Lunatic asylums Bombay report 1891-1903 - 1891-1903
Year: 1891
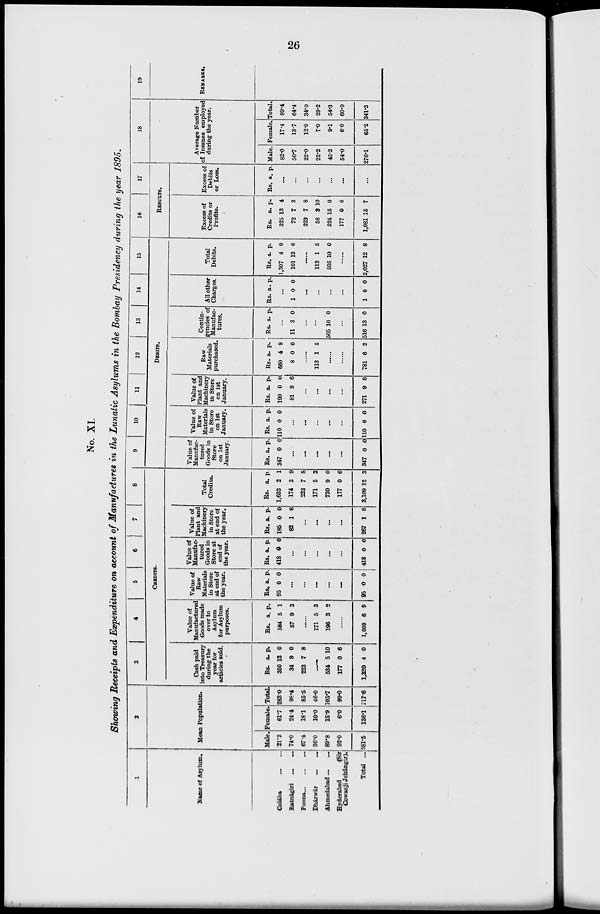
26
No. XI.
Showing Receipts and Expenditure on account of Manufactures in the Lunatic Asylums in the Bombay Presidency during the year 1895.
1
Name of Asylum.
Colába ... ...
Ratnágiri
...
...
Poona ... ... ...
Dhárwár
...
...
Ahmedabad ...
...
Hyderabad
(Sir
Cowasji Jehángir).
Total ...
2
Mean Population.
Male.
21.3
74.0
67.4
36.0
89.8
93.0
581.5
Female.
61.7
24.4
18.1
10.0
15.9
6.0
136.1
Total.
283.0
98.4
85.6
46.0
105.7
99.0
717.6
3
4
5
6
7
8
CREDITS.
Cash paid
into Treasury
during the
year for
articles sold.
Rs.
350
34
223
a.
13
9
7
p.
0
0
8
......
534
177
1,320
5
0
4
10
6
0
Value of
Manufactured
Goods made
over to
Asylum
for Asylum
purposes.
Rs.
584
57
a.
5
9
p.
1
3
......
171
196
5
3
3
2
......
1,009 6 9
Value of
Raw
Materials
in Store
at end of
the year.
Rs.
95
a.
0
p.
0
...
...
...
...
...
95 0 0
Value of
Manufac-
tured
Goods in
Store at
end of
the year.
Rs.
418
a.
0
p.
0
...
...
...
...
...
418 0 0
Value of
Plant and
Machinery
in Store
at end of
the year.
Rs.
185
82
a.
0
1
p.
0
6
...
...
...
...
267 1 6
Total
Credits.
Rs.
1,633
174
223
171
730
177
3,109
a.
2
3
7
5
9
0
12
p.
1
9
8
3
0
6
3
9
10
11
12
13
14
15
DEBITS.
Value of
Manufac-
tured
Goods in
Store
on 1st
January.
Rs.
347
a.
0
p.
0
...
...
...
...
...
347 0 0
Value of
Raw
Materials
in Store
on 1st
January.
Rs
110
a.
0
p.
0
...
...
...
...
...
110
0 0
Value of
Plant and
Machinery
in Store
on 1st
January.
Rs.
190
81
a.
0
9
p.
0
6
...
...
...
...
271 9 6
Raw
Materials
purchased.
Rs.
660
8
a.
4
0
p.
9
0
...
113 1 5
......
......
781 6 2
Contin-
gencies of
Manufac-
tures.
Rs a.
p.
...
11 3 0
...
...
505 10 0
...
516 13 0
All other
Charges.
Rs a.
p.
...
1 0 0
...
...
...
...
1 0 0
Total
Debits.
Rs.
1,307
101
a.
4
12
p.
9
6
......
113
505
1
10
5
0
......
2,027 12 8
16
17
RESULTS.
Excess of
Credits or
Profits.
Rs.
325
72
223
58
224
177
1,081
a.
13
7
7
3
15
0
15
p.
4
3
8
10
0
6
7
Excess of
Debits
or Loss.
Rs. a. p.
...
...
...
...
...
...
...
18
Average Number
of Insanes employed
during the year.
Male.
82.0
50.7
22.0
22.2
45.2
54.0
276.1
Female.
17.4
13.7
12.0
7.0
9.1
6.0
65.2
Total.
99.4
64.4
34.0
29.2
54.3
60.0
341.3
19
REMARKS.